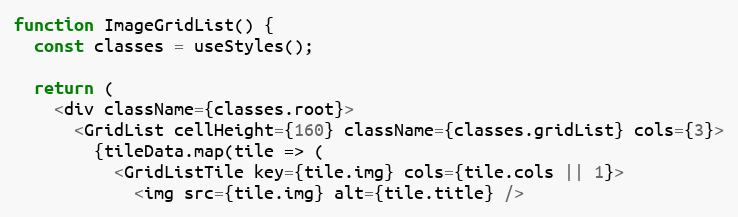
Language: JavaScript
function ImageGridList() {
  const classes = useStyles();

  return (
    <div className={classes.root}>
      <GridList cellHeight={160} className={classes.gridList} cols={3}>
        {tileData.map(tile => (
          <GridListTile key={tile.img} cols={tile.cols || 1}>
            <img src={tile.img} alt={tile.title} />